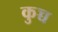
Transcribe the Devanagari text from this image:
कुच्च